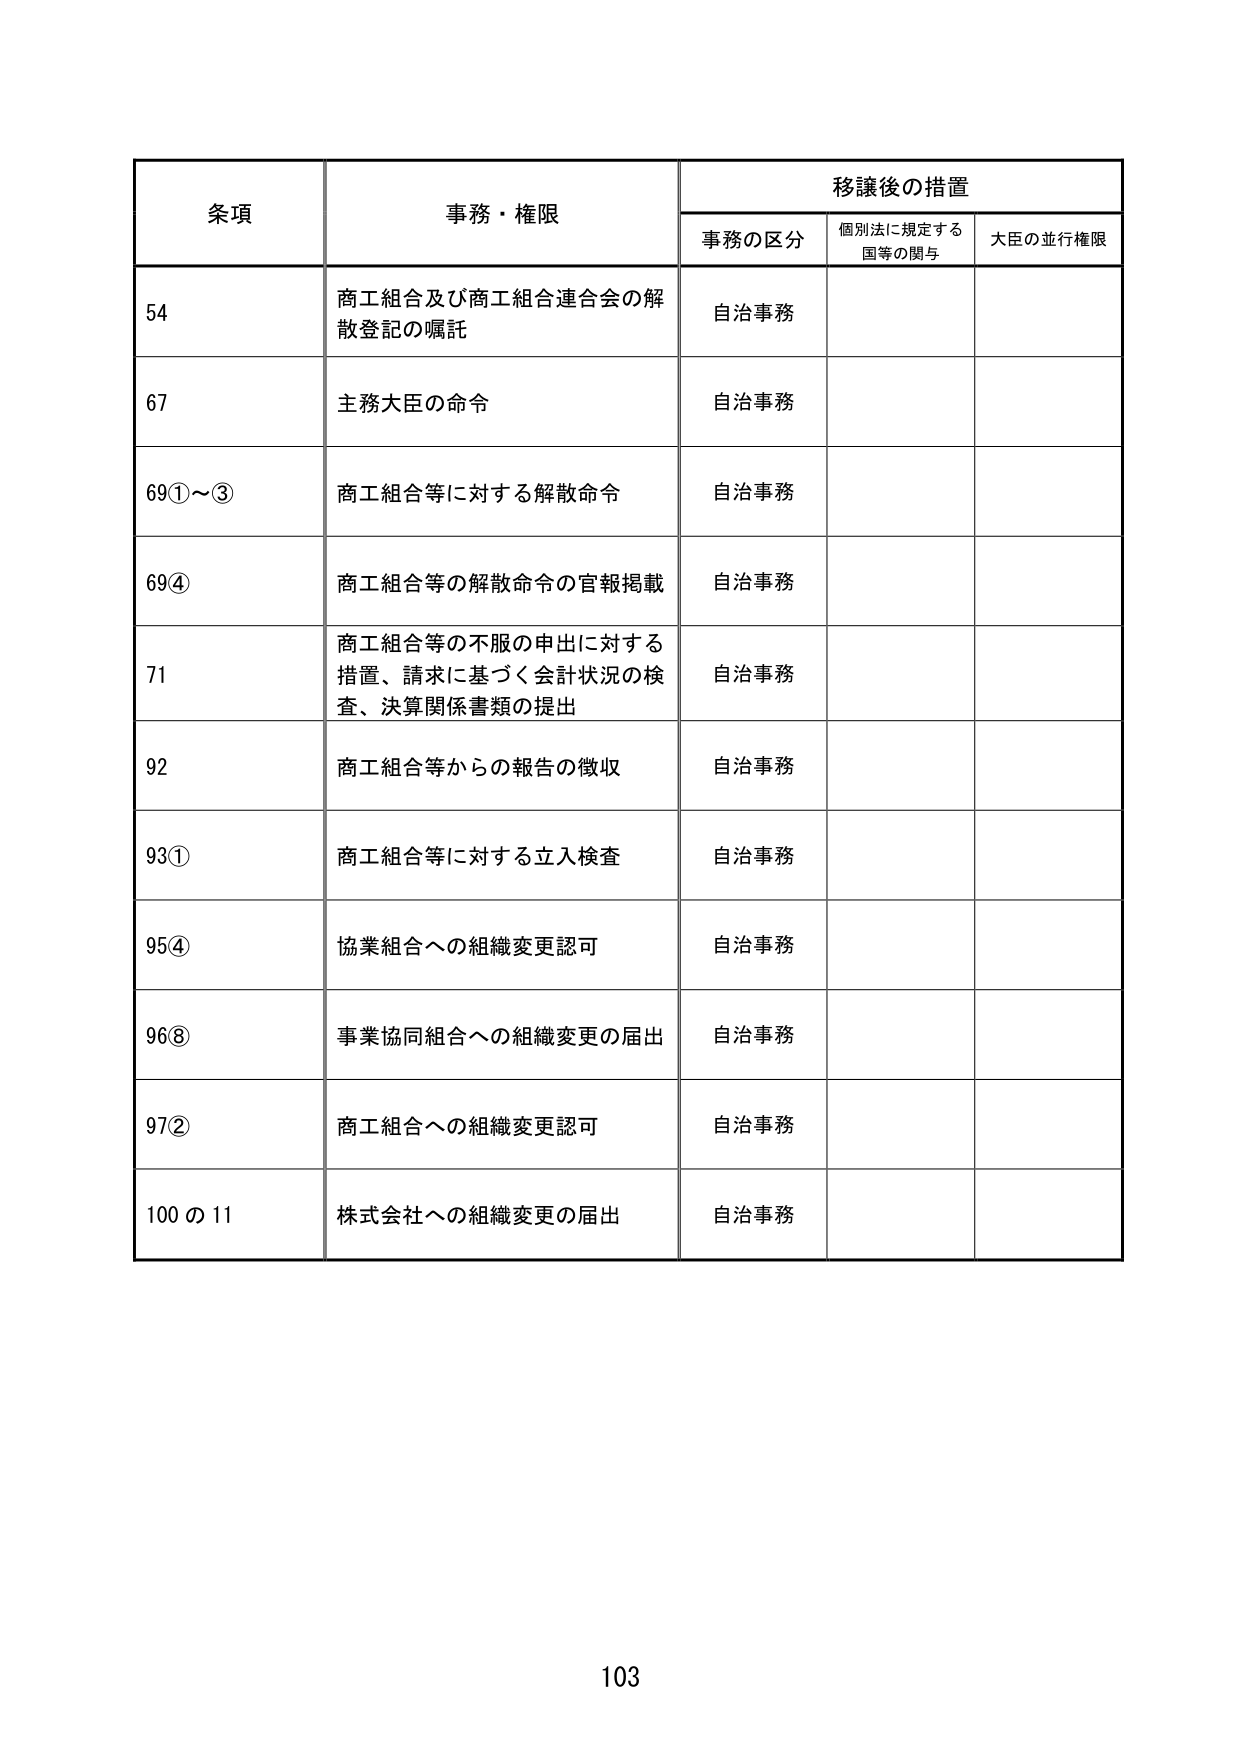
条項 事務・権限 移譲後の措置
事務の区分 個別法に規定する国等の関与 大臣の並行権限
54 商工組合及び商工組合連合会の解散登記の嘱託 自治事務
67 主務大臣の命令 自治事務
69①～③ 商工組合等に対する解散命令 自治事務
69④ 商工組合等の解散命令の官報掲載 自治事務
71 商工組合等の不服の申出に対する措置、請求に基づく会計状況の検査、決算関係書類の提出 自治事務
92 商工組合等からの報告の徴収 自治事務
93① 商工組合等に対する立入検査 自治事務
95④ 協業組合への組織変更認可 自治事務
96⑧ 事業協同組合への組織変更の届出 自治事務
97② 商工組合への組織変更認可 自治事務
100の11 株式会社への組織変更の届出 自治事務
103